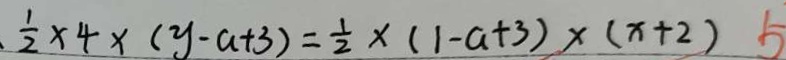
\frac { 1 } { 2 } \times 4 \times ( y - a + 3 ) = \frac { 1 } { 2 } \times ( 1 - a + 3 ) \times ( x + 2 ) 5